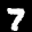
Label: 7